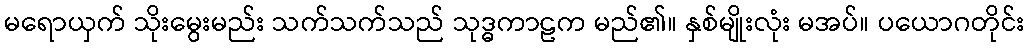
မရောယှက် သိုးမွေးမည်း သက်သက်သည် သုဒ္ဓကာဠက မည်၏။ နှစ်မျိုးလုံး မအပ်။ ပယောဂတိုင်း